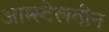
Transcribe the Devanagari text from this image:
आम्स्टेलवीन